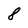
Character: 8